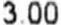
3.00